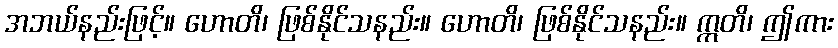
အဘယ်နည်းဖြင့်။ ဟောတိ၊ ဖြစ်နိုင်သနည်း။ ဟောတိ၊ ဖြစ်နိုင်သနည်း။ ဣတိ၊ ဤကား